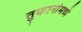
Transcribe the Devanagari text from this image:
तुफानांमध्ये